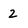
Character: 2